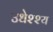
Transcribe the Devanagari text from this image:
उधेश्श्य